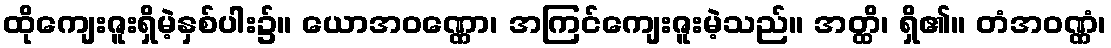
ထိုကျေးဇူးရှိမဲ့နှစ်ပါး၌။ ယောအဝဏ္ဏော၊ အကြင်ကျေးဇူးမဲ့သည်။ အတ္ထိ၊ ရှိ၏။ တံအဝဏ္ဏံ၊